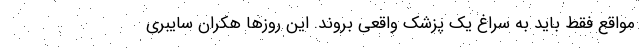
مواقع فقط باید به سراغ یک پزشک واقعی بروند. این روزها هکران سایبری